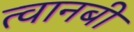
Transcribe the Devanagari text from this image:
त्वानबी